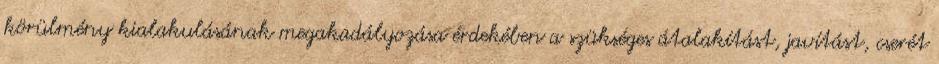
körülmény kialakulásának megakadályozása érdekében a szükséges átalakítást, javítást, cserét